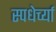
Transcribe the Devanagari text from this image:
स्पधेर्च्या